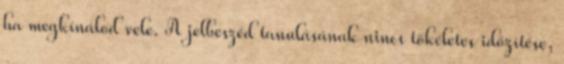
ha megkínálod vele. A jelbeszéd tanulásának nincs tökéletes időzítése,